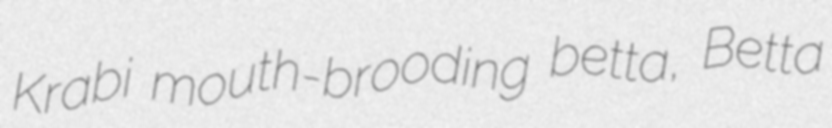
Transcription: Krabi mouth-brooding betta, Betta